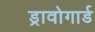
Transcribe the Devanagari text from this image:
ड्रावोगार्ड